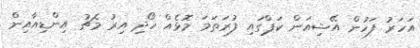
އަހަރު ފަހުން އޭޝިއަން ކަޕްގައި ފުރަތަމަ މޮޅެއް ހޯދި އިރު މެޗު އިންޑިއާއިން